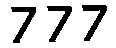
777